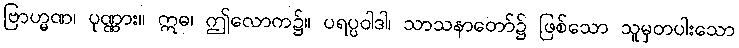
ဗြာဟ္မဏ၊ ပုဏ္ဏား။ ဣဓ၊ ဤလောက၌။ ပရပ္ပဝါဒါ၊ သာသနာတော်၌ ဖြစ်သော သူမှတပါးသော